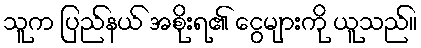
သူက ပြည်နယ် အစိုးရ၏ ငွေများကို ယူသည်။